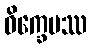
ဝိက္ခေပဿ